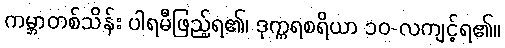
ကမ္ဘာတစ်သိန်း ပါရမီဖြည့်ရ၏၊ ဒုက္ကရစရိယာ ၁၀-လကျင့်ရ၏။